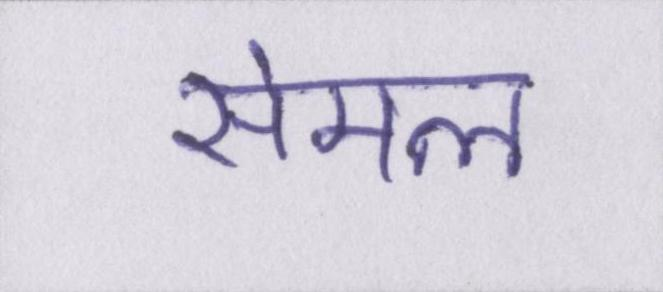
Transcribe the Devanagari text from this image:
सेमल